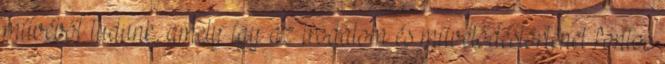
művéből tudunk, amely így az irodalom és művelődéstörténet fontos